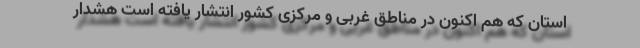
استان که هم اکنون در مناطق غربی و مرکزی کشور انتشار یافته است هشدار